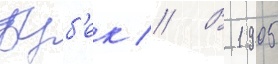
Буб'ек // В 1905